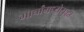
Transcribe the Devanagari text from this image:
मोर्चांमध्येसुद्धा